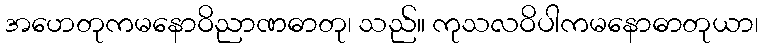
အဟေတုကမနောဝိညာဏဓာတု၊ သည်။ ကုသလဝိပါကမနောဓာတုယာ၊